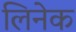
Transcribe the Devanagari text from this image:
लिनेक